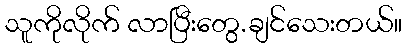
သူကိုလိုက် လာပြီးတွေ.ချင်သေးတယ်။